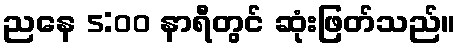
ညနေ 5:00 နာရီတွင် ဆုံးဖြတ်သည်။